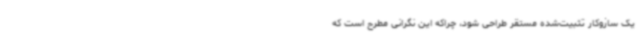
یک سازوکار تثبیت‌شده مستقر طراحی شود، چراکه این نگرانی مطرح است که